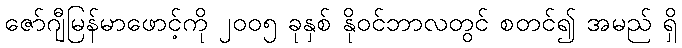
ဇော်ဂျီမြန်မာဖောင့်ကို ၂၀၀၅ ခုနှစ် နိုဝင်ဘာလတွင် စတင်၍ အမည် ရှိ